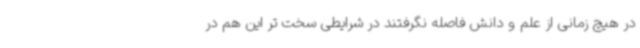
در هیچ زمانی از علم و دانش فاصله نگرفتند در شرایطی سخت تر این هم در